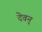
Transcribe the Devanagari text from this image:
देवन्